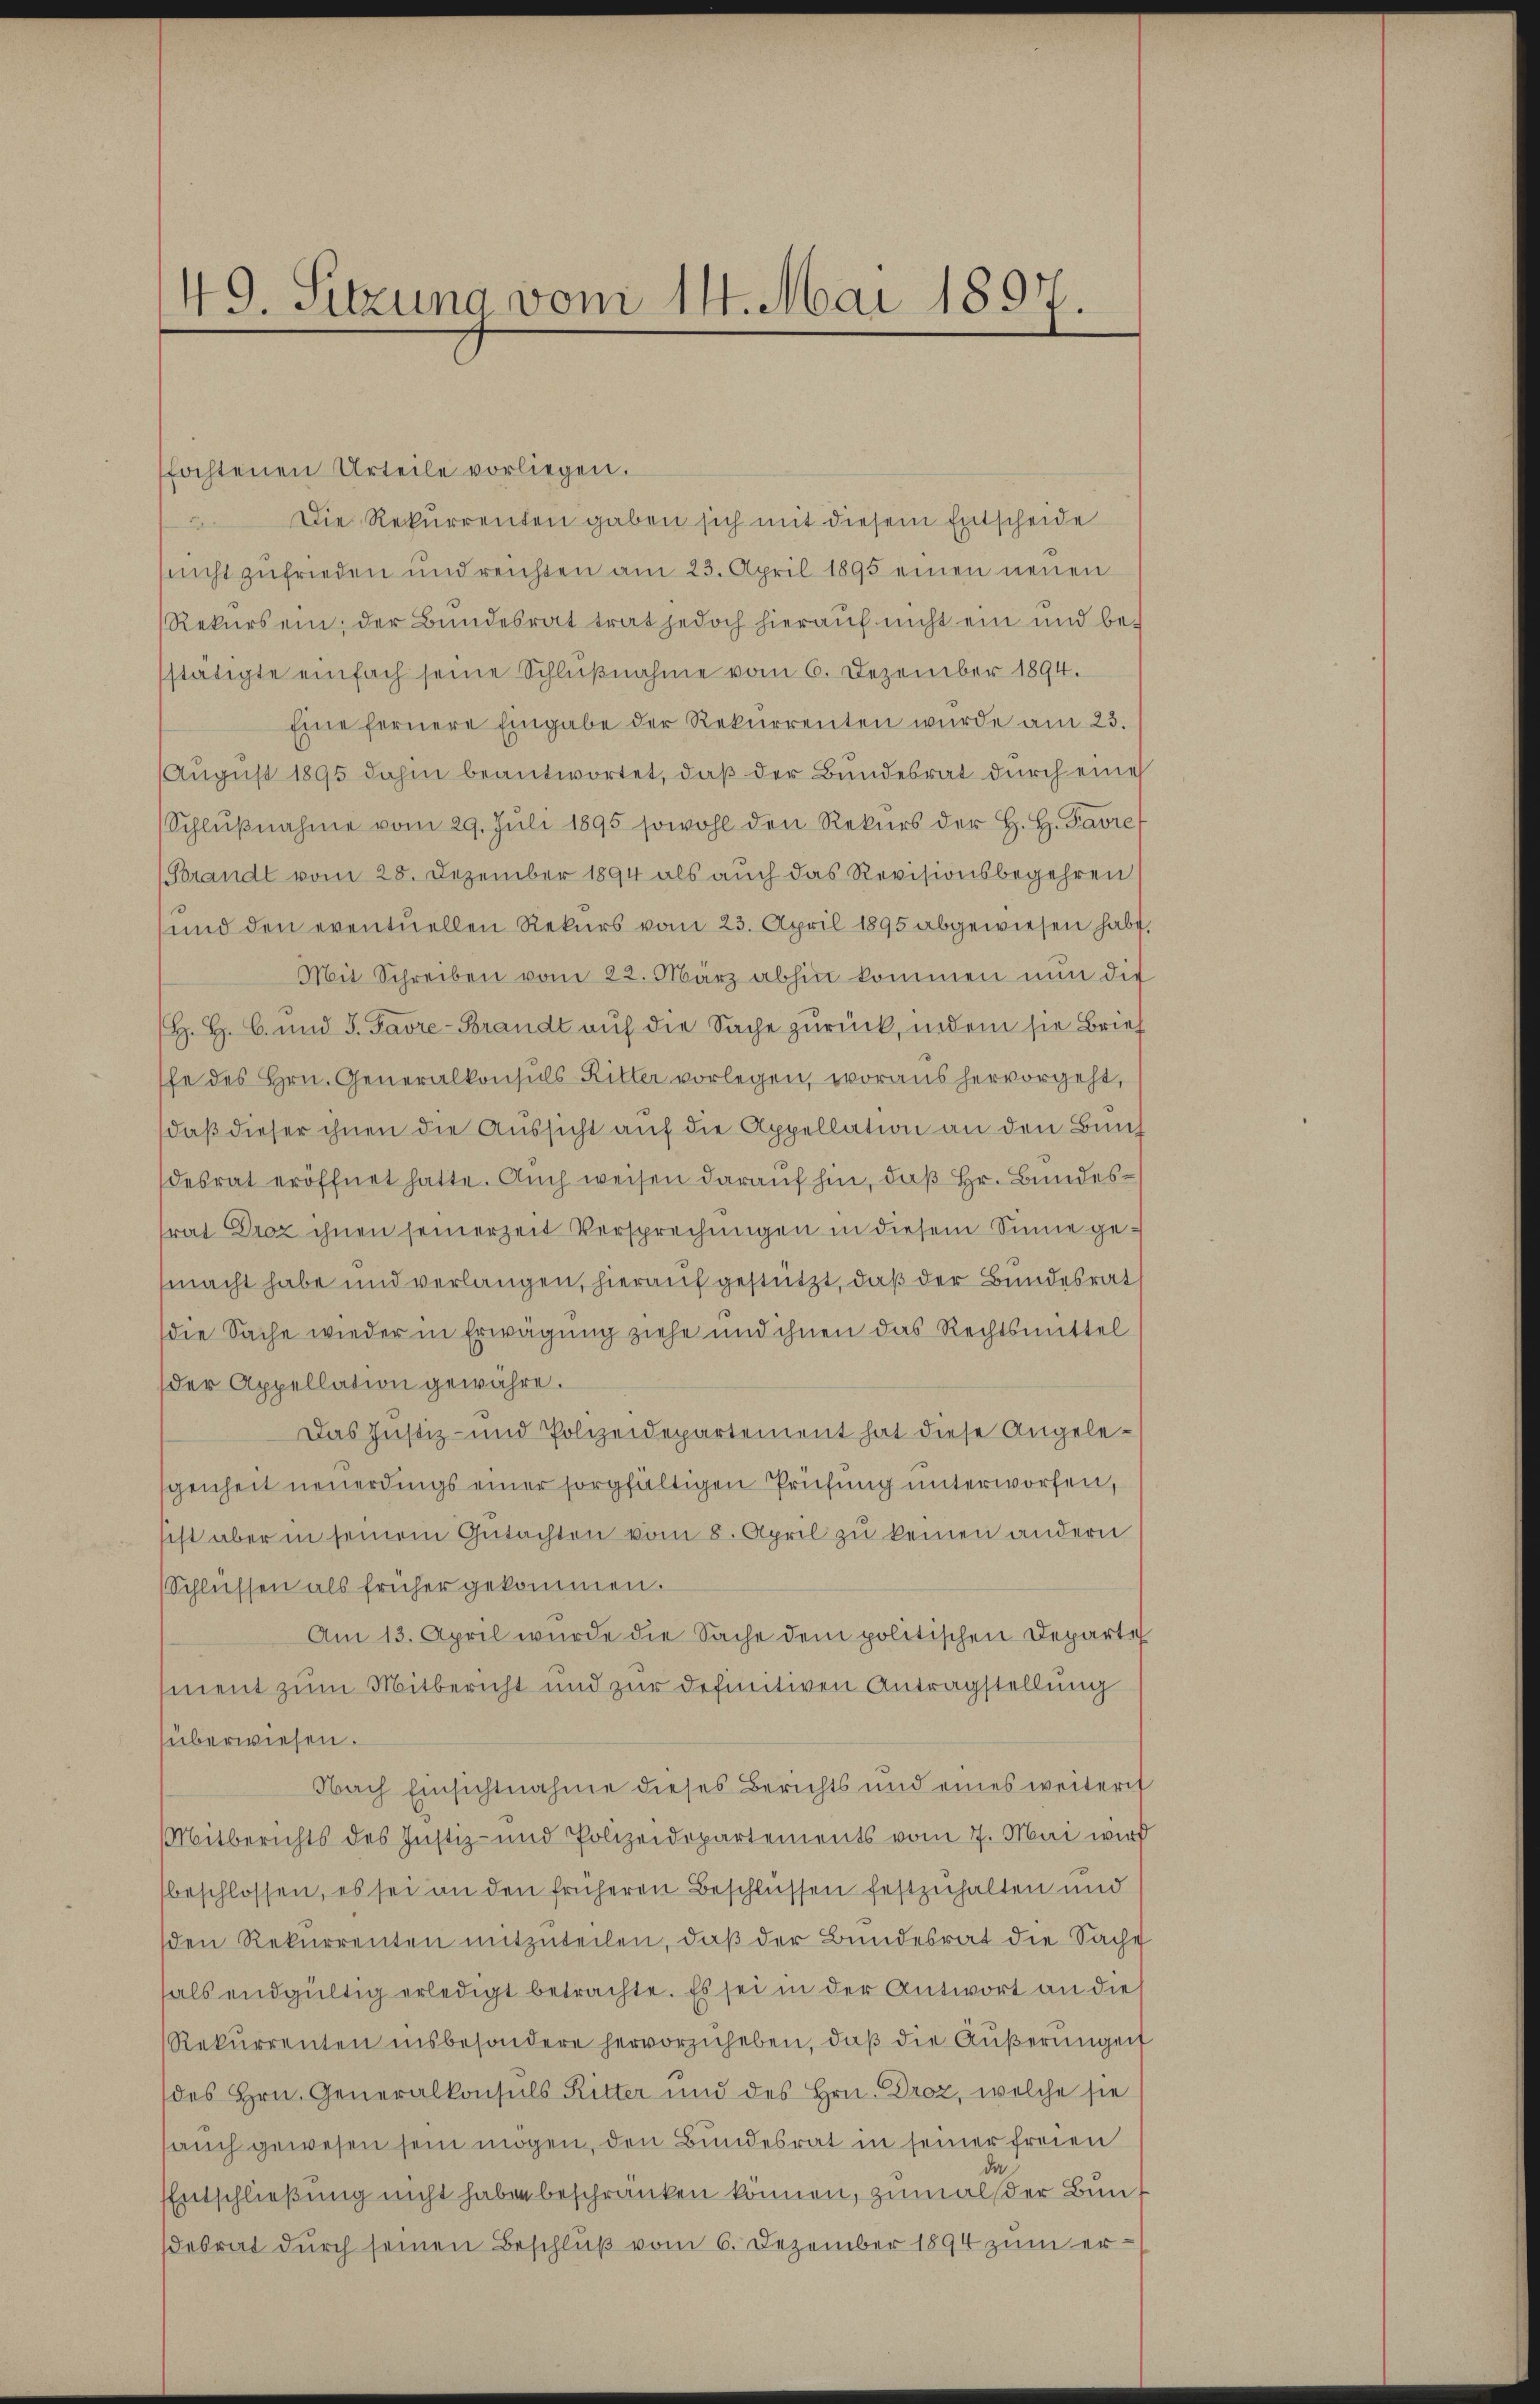
49. Sitzung vom 14. Mai 1897.

fochtenen Urteile vorliegen.
Die Rekurrenten gaben sich mit diesem Entscheide
lucht zufrieden und reichten am 23. April 1895 einen neuen
Rekursein, der Bundesrat trat jedoch hierauf nicht ein und be-
stätigte einfach seine Schlußnahme vom 6. Dezember 1894.
Eine fernere Eingabe der Rekurrenten wurde am 23.
August 1895 dahin beantwortet, daß der Bundesrat durch eine
Schlŭβnahme vom 29. Juli 1895 sowohl den Rekurs der H. H. Favre
(Brandt vom 28. Dezember 1894 als auch das Revisionsbegehren
und den eventuellen Rekurs vom 23. April 1895 abgewiesen habe,
Mit Schreiben vom 22. März abhin kommen nun die
H. H. C. und 3. Favre-Brandt auf die Sache zurück, indem sie Brief
fe des Hrn. Generalkonsuls Ritter vorlegen, woraus hervorgeht,
daß dieser ihnen die Aussicht auf die Appellation an den Bund
desrat eröffnet hatte. Auch weisen darauf hin, daß Hr. Bundesrat Droz ihnen seinerzeit Versprechungen in diesem Sinne gemacht habe und verlangen, hierauf gestützt, daß der Bundesrath
die Sache wieder in Erwägung ziehe und ihnen das Rechtsmittel
der Appellation gewähre.
Das Justiz- und Polizeidepartement hat diese Angelegenheit neuerdings einer sorgfältigen Prüfung unterworfen,
sist aber in seinem Gŭtachten vom 8. April zu keinen andern
Schlüssen als früher gekommen.
Am 13. April wurde die Sache dem politischen Departe
ment zum Mitbericht und zur definitiven Antragstellung
überwiesen.
Nach Einsichtnahme dieses Berichts und eines weiteres
Mitberichts des Justiz- und Polizeidepartements vom 7. Mai wird
beschlossen, es sei an den früheren Beschlüssen festzuhalten und
den Rekurrenten mitzuteilen, daß der Bundesrat die Sache
als endgültig erledigt betrachte. Es sei in der Antwort an die
Rekurrenten insbesondere hervorzuheben, daβ die Aŭβerŭngen
des Hrn. Generalkonsuls Ritter und des Hrn. Droz, welche sie
auch gewesen sein mögen, den Bundesrat in seiner freien
Entschließung nicht haben beschränken können, zumal der Bundesrat durch seinen Beschluß vom 6. Dezember 1894 zum er¬